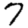
Digit: 7